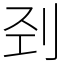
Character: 刭